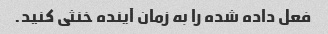
فعل داده شده را به زمان آینده خنثی کنید.